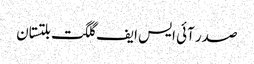
صدر آئی ایس ایف گلگت بلتستان